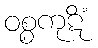
ဝစ္စကုဋိံ